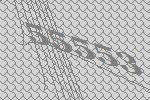
55553